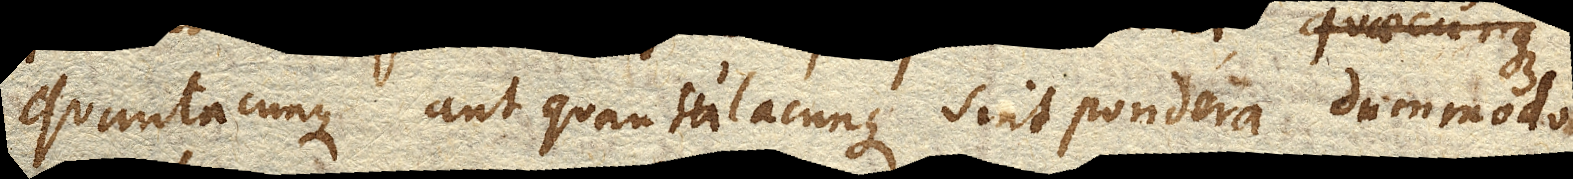
quantacunque aut quantulacunque sint pondera dummodo